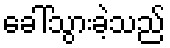
ခေါ်သွားခဲ့သည်